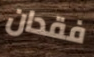
فقدان